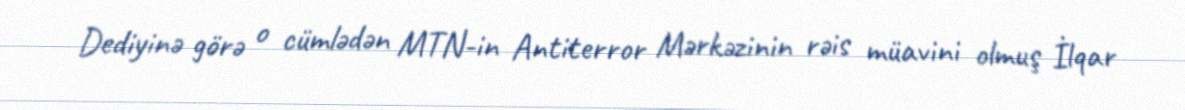
Dediyinə görə o cümlədən MTN-in Antiterror Mərkəzinin rəis müavini olmuş İlqar